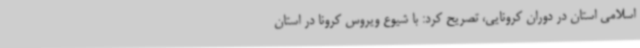
اسلامی استان در دوران کرونایی، تصریح کرد: با شیوع ویروس کرونا در استان